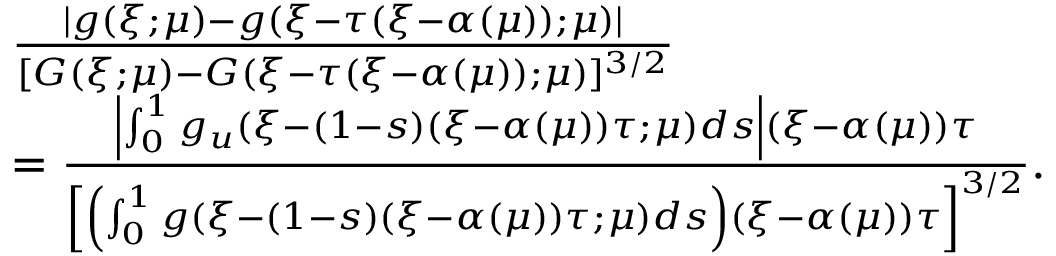
\begin{array} { r l } & { \frac { | g ( \xi ; \mu ) - g ( \xi - \tau ( \xi - \alpha ( \mu ) ) ; \mu ) | } { [ G ( \xi ; \mu ) - G ( \xi - \tau ( \xi - \alpha ( \mu ) ) ; \mu ) ] ^ { 3 / 2 } } } \\ & { = \frac { \left| \int _ { 0 } ^ { 1 } g _ { u } ( \xi - ( 1 - s ) ( \xi - \alpha ( \mu ) ) \tau ; \mu ) d s \right| ( \xi - \alpha ( \mu ) ) \tau } { \left[ \left( \int _ { 0 } ^ { 1 } g ( \xi - ( 1 - s ) ( \xi - \alpha ( \mu ) ) \tau ; \mu ) d s \right) ( \xi - \alpha ( \mu ) ) \tau \right] ^ { 3 / 2 } } . } \end{array}